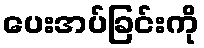
ပေးအပ်ခြင်းကို